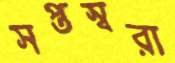
সপ্তস্বরা